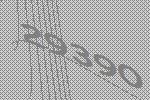
29390